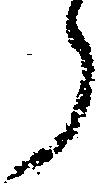
う